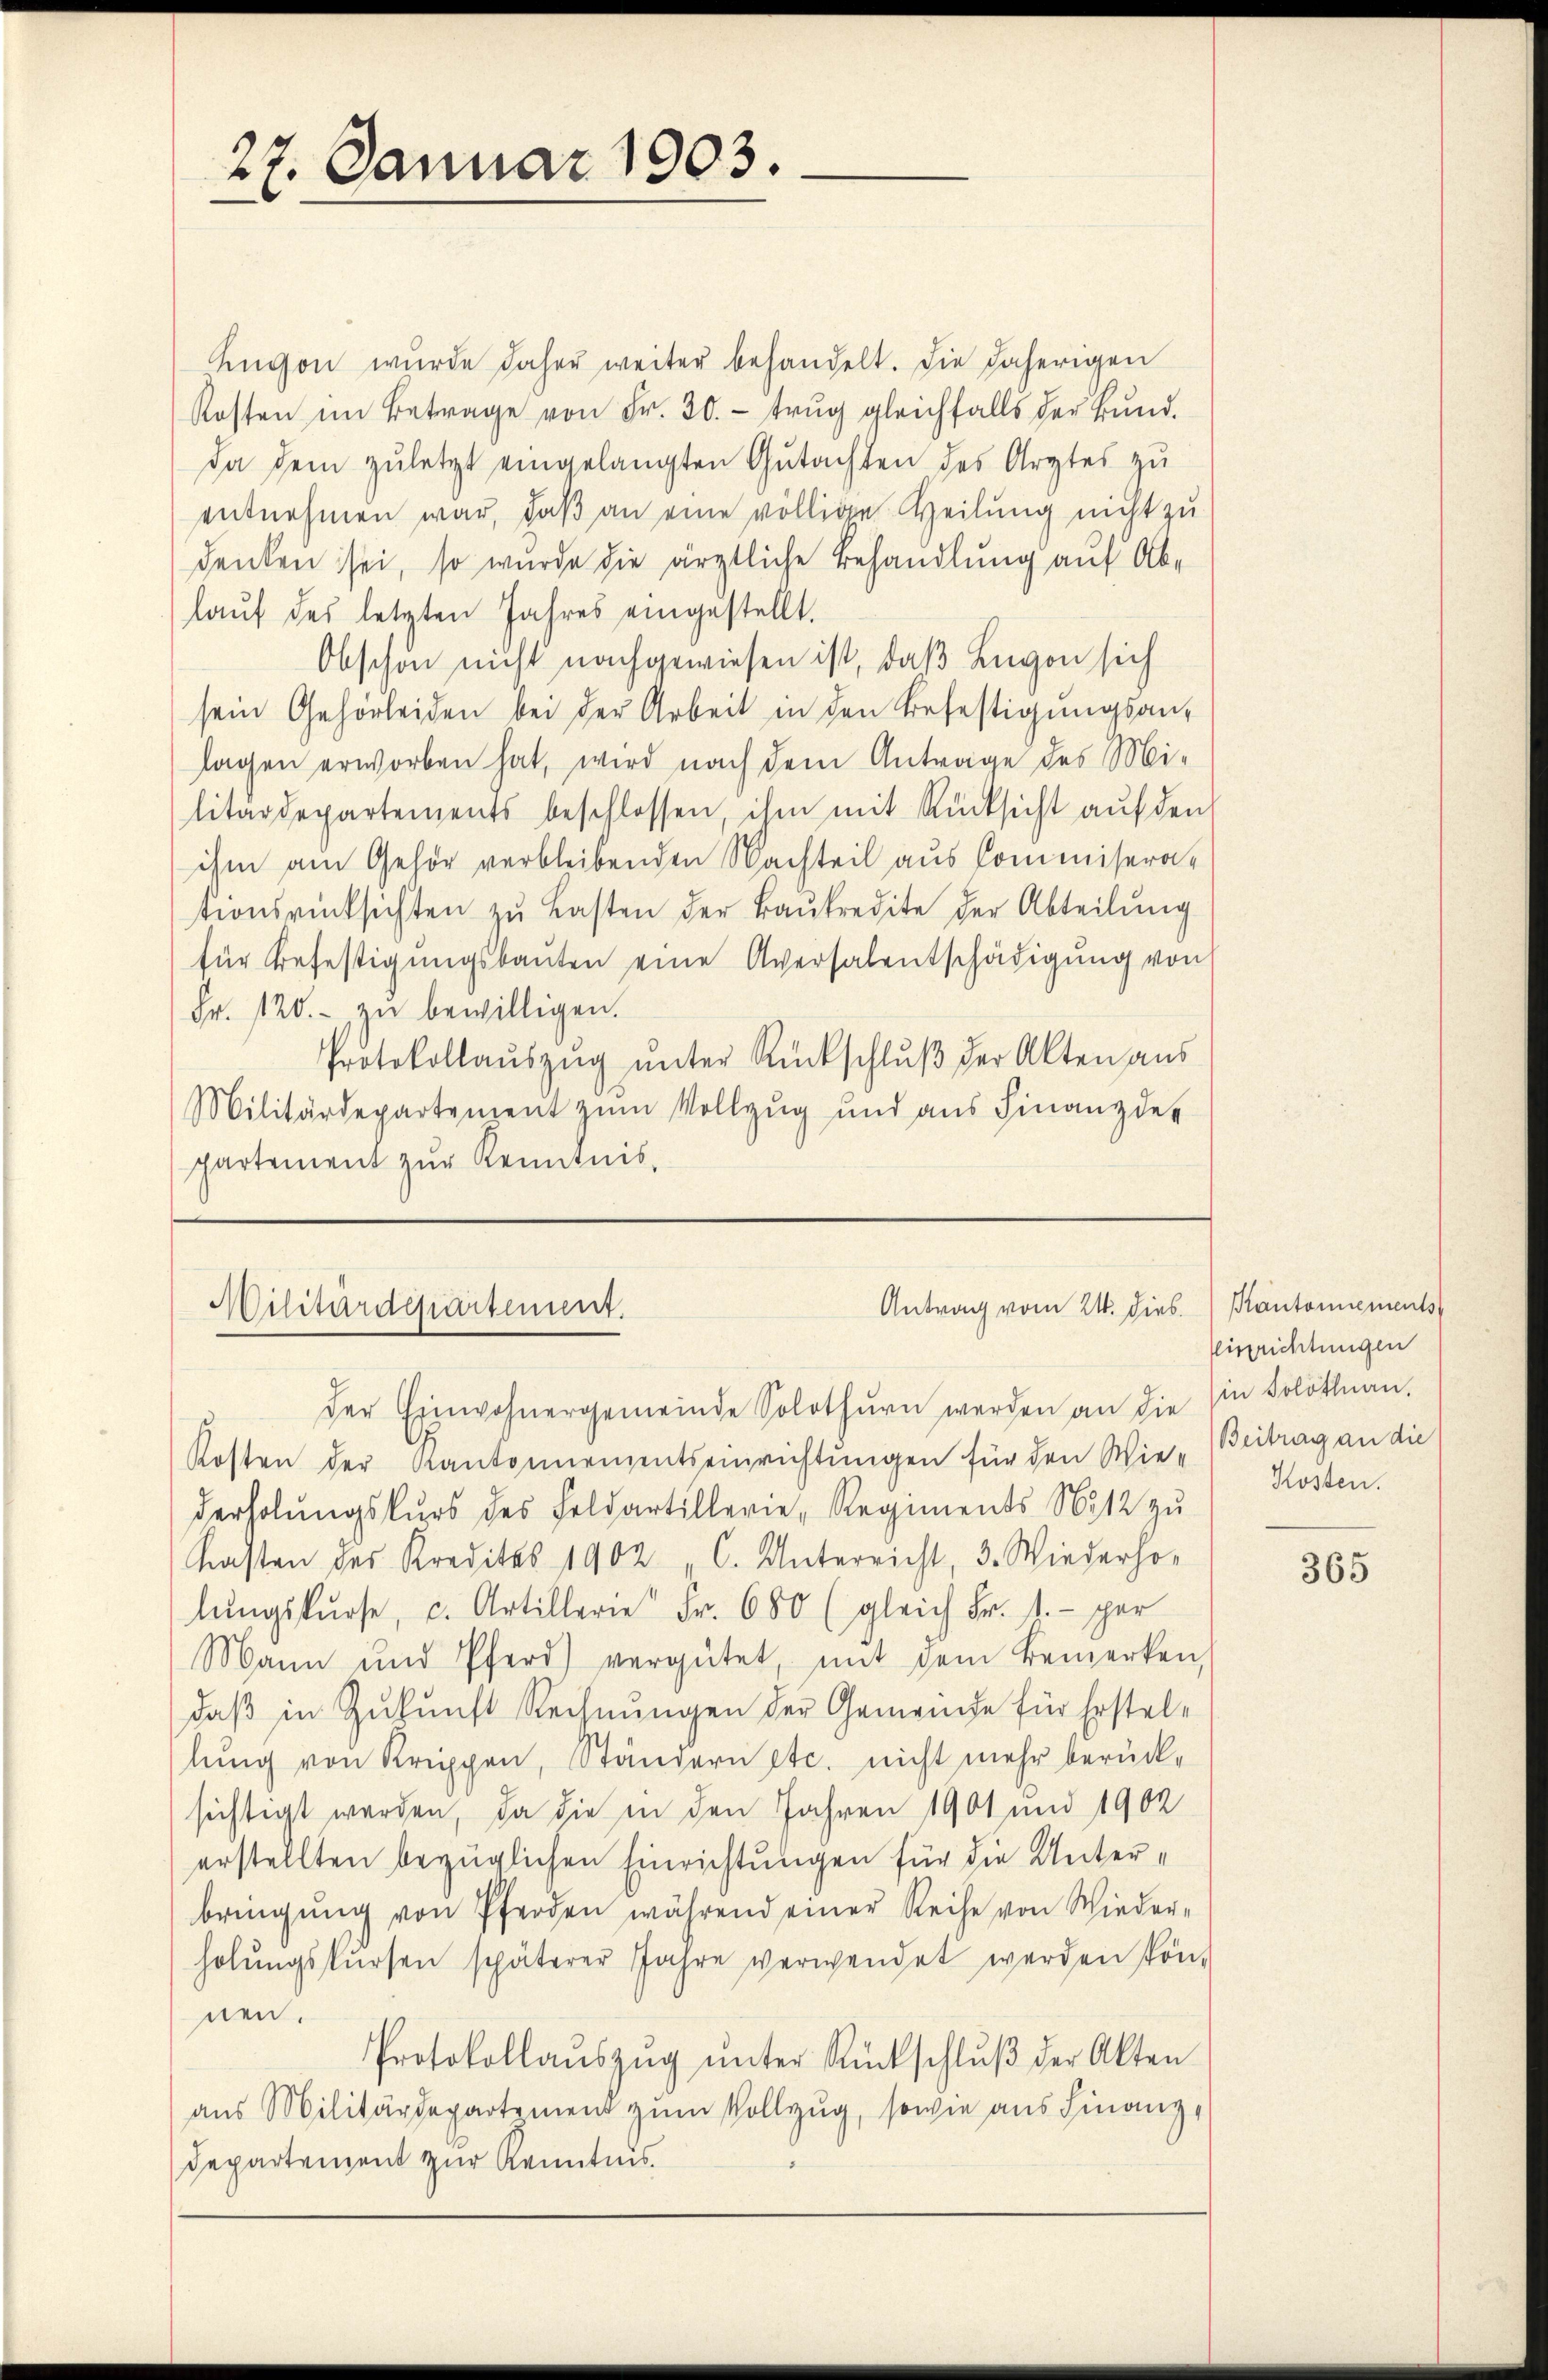
27. Januar 1903.

Zugon wurde daher weiter behandelt. Die daherigen
Kosten im Betrage von Fr. 30.- trŭg gleichfalls der Bŭnd
Da dem zuletzt eingelangten Gutachten des Arztes zu
entnehmen war, daß an eine völlige Heilung nicht zu
denken sei, so wurde die ärztliche Behandlung auf Ablaŭf des letzten Jahres eingestellt.
Obschon nicht nachgewiesen ist, daß Lugon sich
sein Gehörleiden bei der Arbeit in den Befestigŭngsan-
lagen erworben hat, wird nach dem Antrage des Mi-
litärdepartements beschlossen, ihm mit Rücksicht auf den
ihm am Gehör verbleibenden Nachteil aus Commiserationsrücksichten zŭ Lasten der Baŭkredite der Abteilŭng
für Befestigungsbauten eine Aversalentschädigung von
Fr. 120.- zŭ bewilligen.
Protokollaŭszŭg ŭnter Rückschlŭβ der Akten aŭs
Militärdepartement zŭm Vollzŭg und aŭs Finanzder
partement zur Kenntnis¬

Antrag vom 21. dies
Militärdepartement.

der Einwohnergemeinde Solothŭrn werden an die Ein Solothurn,
Kosten der Kantonnementseinrichtungen für den Wie - Beitrag an die
derholŭngskŭrs des Feldartillerie, Regiments N: 12 zŭ
Kasten des Kreditas 1902 „C. Unterricht, 3. Wiederho
lŭngskŭrse, c. Artillerie Fr. 680 (gleich Fr. 1.- per
Mann und Pferd vergütet, mit dem Bemerken
daß in Zukunft Rechnungen der Gemeinde für Erstellung von Krippen, Ständern etc. nicht mehr berücksichtigt werden, da die in den Jahren 1901 und 1902
erstellten bezüglichen Einrichtungen für die Unterbringŭng von Pferden während einer Reihe von Schieder-
holŭngskŭrsen späterer Jahre verwendet werden kön-
nen.
Protokollaŭszŭg ŭnter Rückschlŭβ der Akten
aus Militärdepartement zum Vollzug, sowie aus Finanz¬
Departement zur Kenntnis.

Kantonnements
Eisprichtungen
Kosten.

365